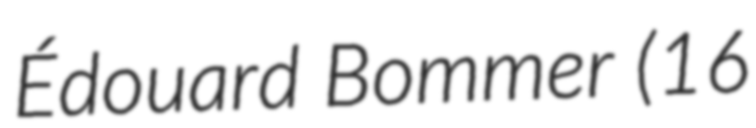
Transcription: Édouard Bommer (16